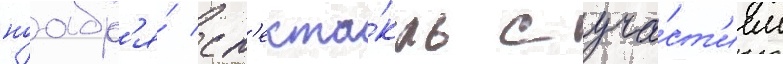
ноабр'я́ сп'екта́кль с уча́ст'ием